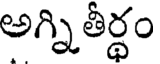
అగ్నితీర్థం